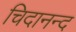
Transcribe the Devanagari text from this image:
चिदानन्‍द